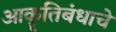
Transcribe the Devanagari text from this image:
आकॄतिबंधाचे